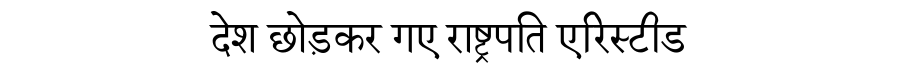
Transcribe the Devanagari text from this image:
देश छोड़कर गए राष्ट्रपति एरिस्टीड